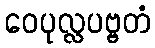
ဝေပုလ္လပဗ္ဗတံ